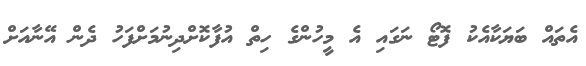
އެތައް ބަޔަކާއެކު ފޮޓޯ ނަގައި އެ މީހުންގެ ހިތް އުފާކޮށްދިނުމަށްފަހު ދެން އޭނާއަށް